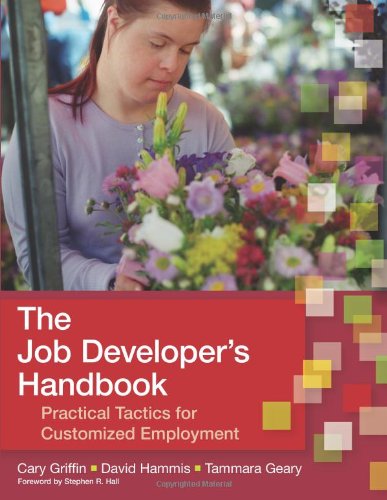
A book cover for The Job Developer's Handbook: Practical Tactics for Customized Employment; Cary Griffin M.A.; Business & Money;